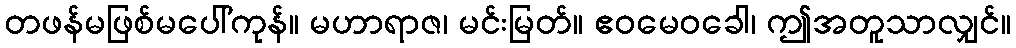
တဖန်မဖြစ်မပေါ်ကုန်။ မဟာရာဇ၊ မင်းမြတ်။ ဧဝမေဝခေါ၊ ဤအတူသာလျှင်။